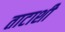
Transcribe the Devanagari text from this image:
ताटाशी